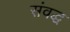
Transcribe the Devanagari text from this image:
संवद्ध